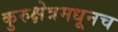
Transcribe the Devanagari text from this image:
कुरुक्षेत्रमधूनच